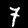
Label: 7